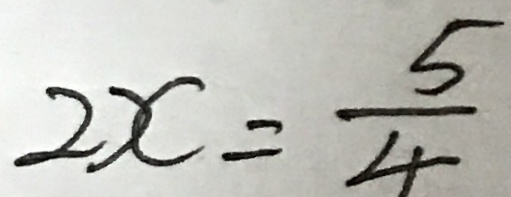
2 x = \frac { 5 } { 4 }